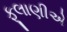
ફૂલાણીએ